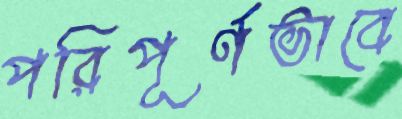
পরিপূর্ণভাবে